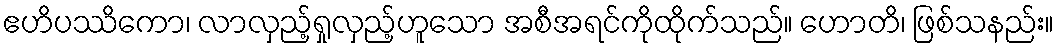
ဧဟိပဿိကော၊ လာလှည့်ရှုလှည့်ဟူသော အစီအရင်ကိုထိုက်သည်။ ဟောတိ၊ ဖြစ်သနည်း။